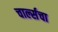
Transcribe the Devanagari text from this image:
चार्ल्सचा